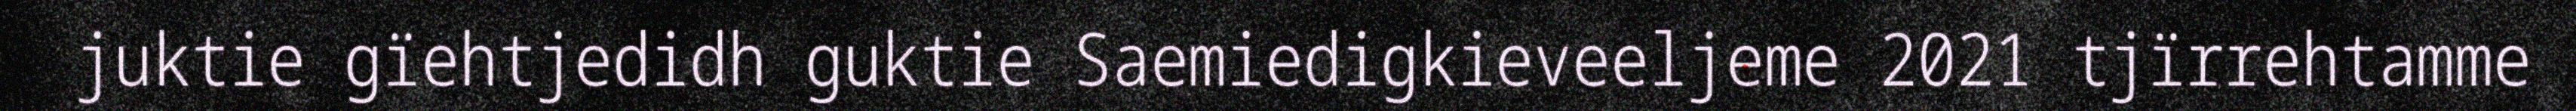
juktie gïehtjedidh guktie Saemiedigkieveeljeme 2021 tjïrrehtamme